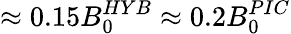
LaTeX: \approx 0.15B_{0}^{HYB}\approx 0.2B_{0}^{PIC}